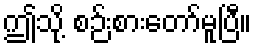
ဤသို့ စဉ်းစားတော်မူပြီ။